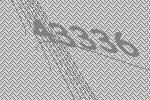
43336